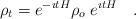
LaTeX: \begin{align*}\rho _t = e^{-\imath t H} \rho _o \; e^{\imath t H} ~~~.\end{align*}